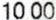
10.00